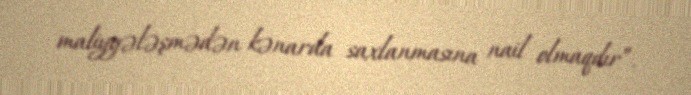
maliyyələşmədən kənarda saxlanmasına nail olmaqdır”.